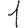
Digit: 1